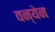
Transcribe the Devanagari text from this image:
वन्येन